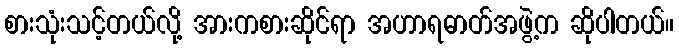
စားသုံးသင့်တယ်လို့ အားကစားဆိုင်ရာ အဟာရဓာတ်အဖွဲ့က ဆိုပါတယ်။